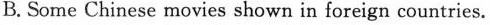
B. Some Chinese movies shown in foreign countries.